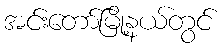
အင်းတော်မြို့နယ်တွင်